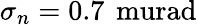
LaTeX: \sigma_{n}=0.7\, \mathrm{\ murad}